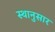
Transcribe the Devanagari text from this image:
स्थानुसार